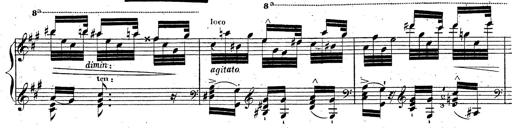
Title: Grande fantaisie sur la tyrolienne de l'opÃ©ra
Composer: Franz Liszt
Key: A major